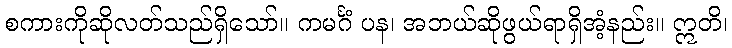
စကားကိုဆိုလတ်သည်ရှိသော်။ ကမင်္ဂံ ပန၊ အဘယ်ဆိုဖွယ်ရာရှိအံ့နည်း။ ဣတိ၊